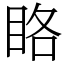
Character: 䀩